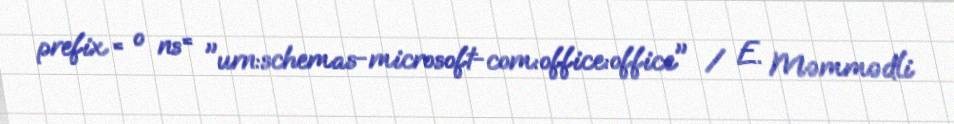
prefix = o ns = "urn:schemas-microsoft-com:office:office" / E. Məmmədli